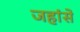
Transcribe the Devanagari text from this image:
जहांसे